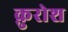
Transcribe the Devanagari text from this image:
क़ुरोश